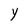
Character: Y